system: You are a helpful assistant.
user:
Analyze the provided spectrum to determine if it is a **White Dwarf (WD)**.

A White Dwarf spectrum is defined by its **extreme purity** (due to gravitational settling) and/or **extreme pressure broadening** (due to high surface gravity). You must check for one of the following mutually exclusive signatures:

- **Key Visual Indicators (Check for ONE of these types):**

    - **1. DA-Type Signature (Most Common):**
        - **(Primary Feature):** Extreme pressure broadening (Stark broadening) of the **Hydrogen (H) Balmer lines**.
        - **(Key Lines):** $H\beta$ (approx. $4861$ Å) and $H\gamma$ (approx. $4340$ Å). $H\alpha$ (approx. $6563$ Å) will also be present if the wavelength range covers it.
        - **(Line Profile):** This is the **defining feature**. The lines are **NOT** sharp. They appear as massive, **extremely broad and deep "troughs" or "dips"** in the spectrum, often hundreds of Ångströms wide. The continuum will appear to "scoop" down at these wavelengths.
        - **(Distinction):** Normal A-type or B-type stars have *narrow* and *sharp* Hydrogen lines. A DA White Dwarf's lines are unmistakably "smeared" or "blurry" from pressure.

    - **2. DB-Type Signature:**
        - **(Primary Feature):** Broad absorption lines from **Neutral Helium (He I)**. The spectrum must lack any visible Hydrogen lines.
        - **(Key Lines):** Look for broad absorption near $4471$ Å, $4921$ Å, and $5876$ Å.
        - **(Line Profile):** These lines are also significantly pressure-broadened, appearing much wider than they would in a normal B-type main-sequence star.

    - **3. DC-Type Signature:**
        - **(Primary Feature):** A **featureless continuous spectrum**.
        - **(Line Profile):** The spectrum is a smooth curve with **no significant absorption or emission lines**.
        - **(Key Confirmation):** The continuum is almost always **blue or white**, indicating a hot object. This signature implies the atmosphere is so pure (or so cool) that no spectral lines are visible in the optical range. Its WD identity is confirmed by its extremely low intrinsic brightness (high absolute magnitude).

    - **4. DZ-Type Signature (Metal-Polluted):**
        - **(Primary Feature):** **Isolated, narrow metal absorption lines** on an otherwise featureless (DC-like) continuum.
        - **(Key Lines):** The **Calcium (Ca II) H & K doublet** (approx. **$3934$ Å** and **$3968$ Å**) is the most common and defining feature.
        - **(Line Profile):** These lines are "out of place." They are *not* part of a "forest" of thousands of lines. This signature is evidence of recent *accretion* (pollution) from rocky debris.
        - **(Distinction):** Normal G/K/M stars have a *dense forest* of thousands of metal lines. A DZ has a *clean* continuum with *only a few* strong metal lines.

    - **5. DQ-Type Signature (Carbon-Polluted):**
        - **(Primary Feature):** Absorption bands from **Carbon (C₂ "Swan Bands" or atomic C I)**.
        - **(Key Lines - C₂):** Look for bandheads with a "saw-tooth" shape near $5635$ Å, **$5165$ Å** (strongest), and $4737$ Å.
        - **(Key Confirmation):** The underlying **continuum must be blue or white** (hot).
        - **(Distinction):** This is the critical difference from a **Carbon Star**, which has the *exact same* C₂ bands but on an extremely **red, cool** continuum.

- **(Overall Spectrum):**
    - The continuum (overall shape) is typically **blue-sloping** (brighter in the blue than the red), as most white dwarfs are very hot.
    - The spectrum will look "pure" or "simple," dominated by only *one* of the five signatures listed above.

Think first, call **spectral_visualization_tool** if needed to examine features in detail, then provide your final answer. Your response must adhere to the following strict rules:
1.  **Overall Structure:** Your response must follow the format `<think>...</think> <tool_call>...</tool_call> (if a tool is used) <answer>...</answer>`.
2.  **Tool Usage Constraint:** You may only make **one** tool call per turn.
3.  **Final Answer Format:** In the `<answer>` tag, your conclusion must be inside a `\boxed{}` command (e.g., `\boxed{YES}` or `\boxed{NO}`), followed by your justification.

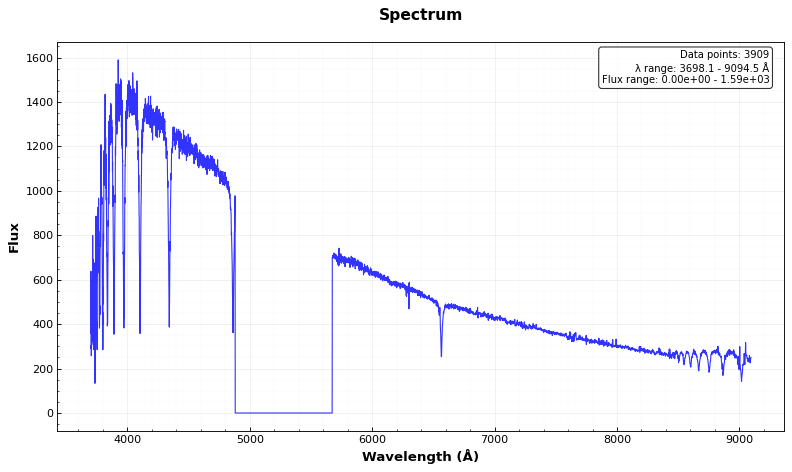
Answer: NO